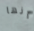
أنها